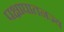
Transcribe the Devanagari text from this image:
पक्षाघातनज्य